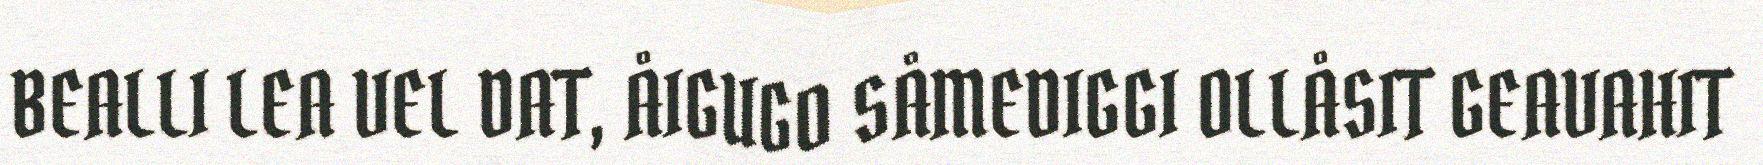
BEALLI LEA VEL DAT, ÅIGUGO SÅMEDIGGI OLLÅSIT GEAVAHIT